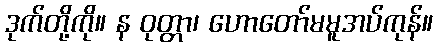
ဒုက်တို့ကို။ န ဝုတ္တာ၊ ဟောတော်မမူအပ်ကုန်။